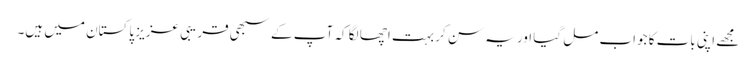
مجھے اپنی بات کا جواب مل گیا اور یہ سن کر بہت اچھا لگا کہ آپ کے سبھی قریبی عزیز پاکستان میں ہیں۔